Indian journal of veterinary science and animal husbandry - Volume 9,
Year: 1939
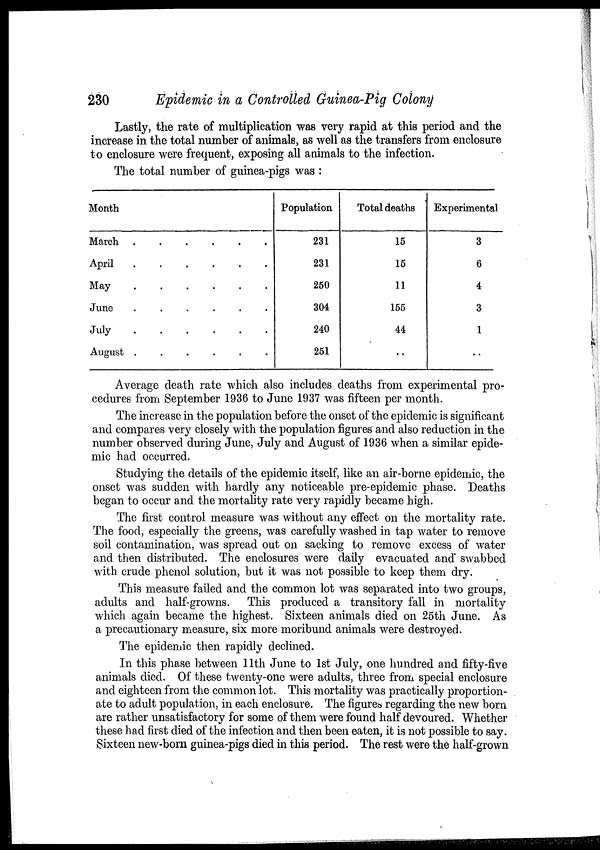
230
Epidemic in a Controlled Guinea-Pig Colony
Lastly, the rate of multiplication was very rapid at this period and the
increase in the total number of animals, as well as the transfers from enclosure
to enclosure were frequent, exposing all animals to the infection.
The total number of guinea-pigs was :
Month
March
.
.
.
.
.
.
April
.
.
.
.
.
.
May
.
.
.
.
.
.
June
.
.
.
.
.
.
July
.
.
.
.
.
.
August
.
.
.
.
.
.
Population
231
231
250
304
240
251
Total deaths
15
15
11
155
44
..
Experimental
3
6
4
3
1
..
Average death rate which also includes deaths from experimental pro-
cedures from September 1936 to June 1937 was fifteen per month.
The increase in the population before the onset of the epidemic is significant
and compares very closely with the population figures and also reduction in the
number observed during June, July and August of 1936 when a similar epide-
mic had occurred.
Studying the details of the epidemic itself, like an air-borne epidemic, the
onset was sudden with hardly any noticeable pre-epidemic phase. Deaths
began to occur and the mortality rate very rapidly became high.
The first control measure was without any effect on the mortality rate.
The food, especially the greens, was carefully washed in tap water to remove
soil contamination, was spread out on sacking to remove excess of water
and then distributed. The enclosures were daily evacuated and swabbed
with crude phenol solution, but it was not possible to keep them dry.
This measure failed and the common lot was separated into two groups,
adults and half-growns. This produced a transitory fall in mortality
which again became the highest. Sixteen animals died on 25th June. As
a precautionary measure, six more moribund animals were destroyed.
The epidemic then rapidly declined.
In this phase between 11th June to 1st July, one hundred and fifty-five
animals died. Of these twenty-one were adults, three from special enclosure
and eighteen from the common lot. This mortality was practically proportion-
ate to adult population, in each enclosure. The figures regarding the new born
are rather unsatisfactory for some of them were found half devoured. Whether
these had first died of the infection and then been eaten, it is not possible to say.
Sixteen new-born guinea-pigs died in this period. The rest were the half-grown